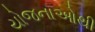
યોજનાઓથી